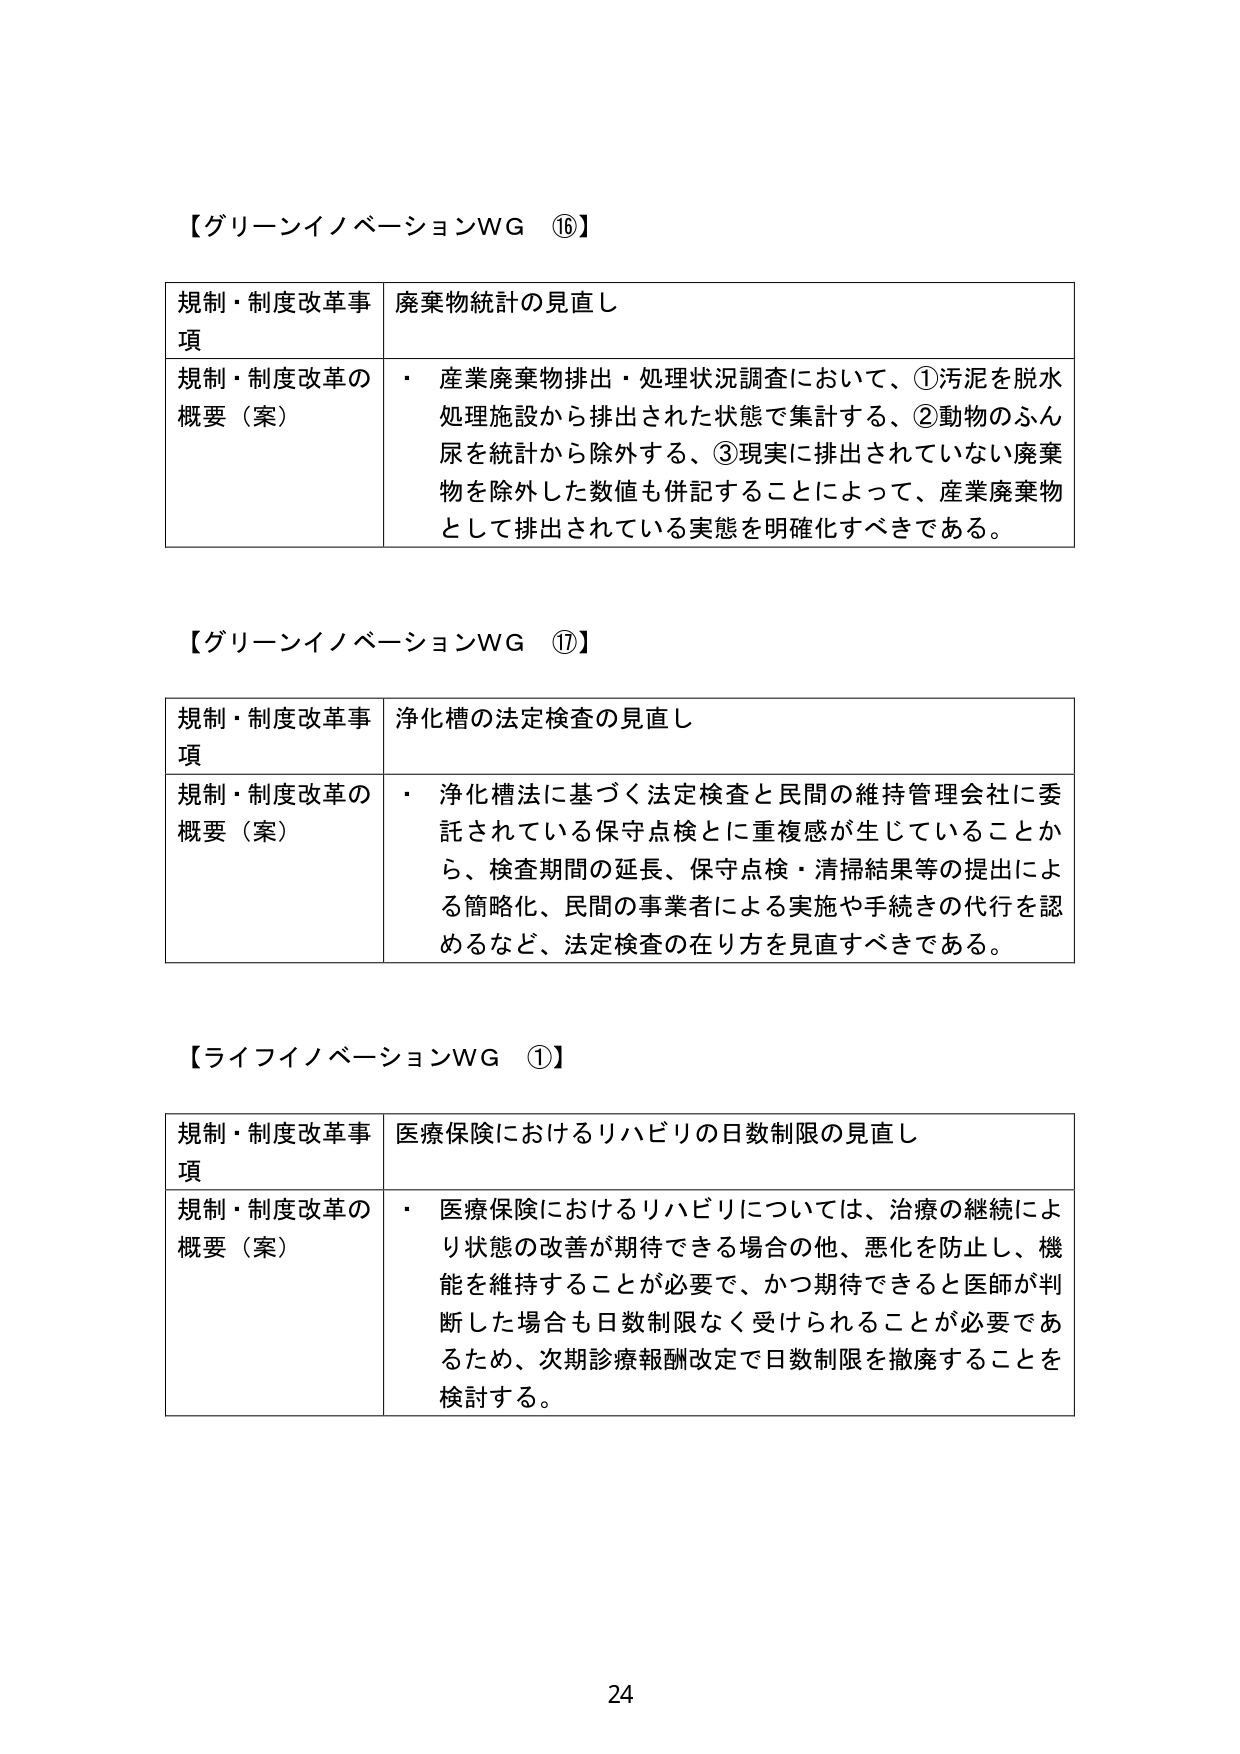
【グリーンイノベーションWG ⑯】

規制・制度改革事項　廃棄物統計の見直し

規制・制度改革の概要（案）　・　産業廃棄物排出・処理状況調査において、①汚泥を脱水処理施設から排出された状態で集計する、②動物のふん尿を統計から除外する、③現実に排出されていない廃棄物を除外した数値も併記することによって、産業廃棄物として排出されている実態を明確化すべきである。

【グリーンイノベーションWG ⑰】

規制・制度改革事項　浄化槽の法定検査の見直し

規制・制度改革の概要（案）　・　浄化槽法に基づく法定検査と民間の維持管理会社に委託されている保守点検とに重複感が生じていることから、検査期間の延長、保守点検・清掃結果等の提出による簡略化、民間の事業者による実施や手続きの代行を認めるなど、法定検査の在り方を見直すべきである。

【ライフイノベーションWG ①】

規制・制度改革事項　医療保険におけるリハビリの日数制限の見直し

規制・制度改革の概要（案）　・　医療保険におけるリハビリについては、治療の継続により状態の改善が期待できる場合の他、悪化を防止し、機能を維持することが必要で、かつ期待できると医師が判断した場合も日数制限なく受けられることが必要であるため、次期診療報酬改定で日数制限を撤廃することを検討する。

24